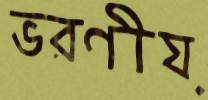
ভরণীয়